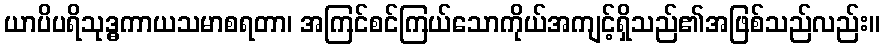
ယာပိပရိသုဒ္ဓကာယသမာစရတာ၊ အကြင်စင်ကြယ်သောကိုယ်အကျင့်ရှိသည်၏အဖြစ်သည်လည်း။